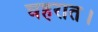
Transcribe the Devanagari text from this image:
घहरात।